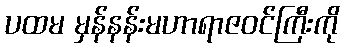
ပထမ မှန်နန်းမဟာရာဇဝင်ကြီးကို